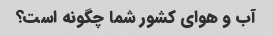
آب و هوای کشور شما چگونه است؟